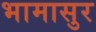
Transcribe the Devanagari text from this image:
भामासुर